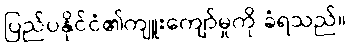
ပြည်ပနိုင်ငံ၏ကျူးကျော်မှုကို ခံရသည်။